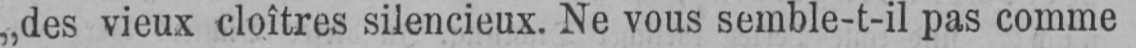
„des vieux cloîtres silencieux. Ne vous semble-t-il pas comme